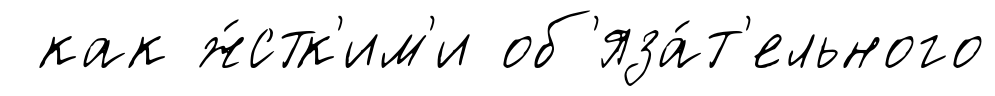
как ж́стк'им'и об'яза́т'ельного